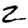
Digit: 2